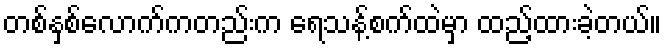
တစ်နှစ်လောက်ကတည်းက ရေသန့်စက်ထဲမှာ ထည့်ထားခဲ့တယ်။